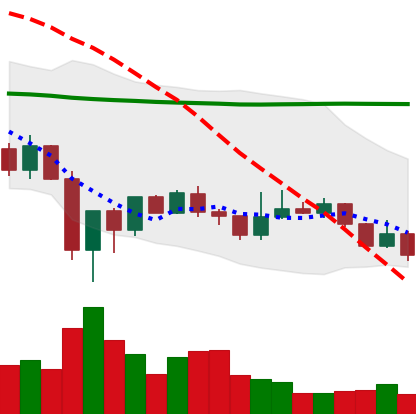
Ticker: LINK-USD
Chart end date: 2020-01-02
Forward return: 21.42%
Label: up_7plus